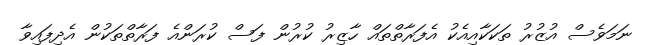
ނަމަވެސް އުޒުރު ތަކަކާއިއެކު އެފަރާތްތައް ހާޒިރު ކުރުން ފަސް ކުރަންއެ ފަރާތްތަކުން އެދިފައިވާ